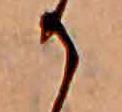
か